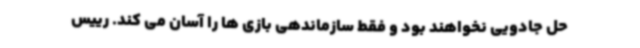
حل جادویی نخواهند بود و فقط سازماندهی بازی ها را آسان می کند. رییس